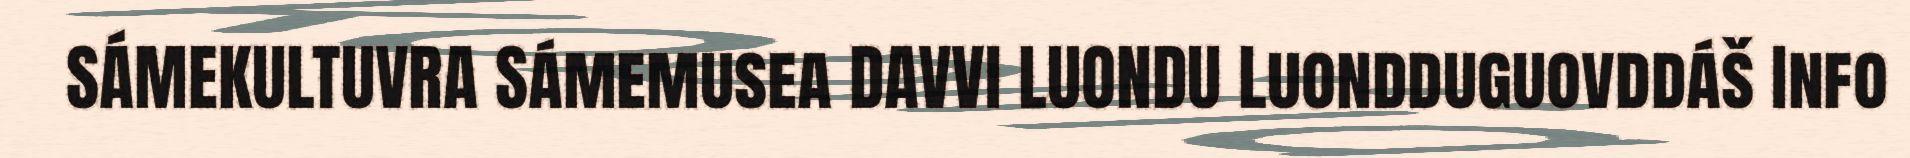
SÁMEKULTUVRA Sámemusea DAVVI LUONDU Luondduguovddáš Info